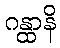
ဂန္ထာနိ